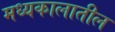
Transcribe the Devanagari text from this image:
मध्यकालातील